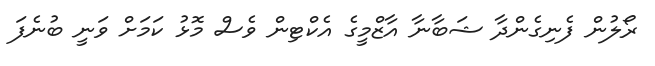
ރޯލުން ފެނިގެންދާ ޝަބާނާ އާޒްމީގެ އެކްޓިން ވެސް މޮޅު ކަމަށް ވަނީ ބުނެފަ